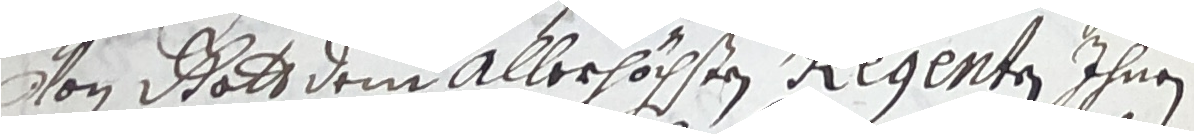
von gott dem alberhöchsten regenten ihnen